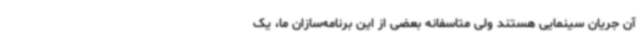
آن جریان سینمایی هستند ولی متاسفانه بعضی از این برنامه‌سازان ما، یک